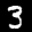
Label: 3